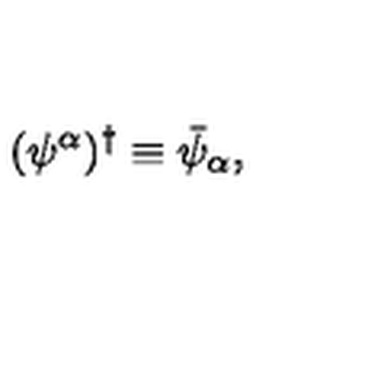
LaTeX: ( \psi ^ { \alpha } ) ^ { \dagger } \equiv \bar { \psi } _ { \alpha } ,